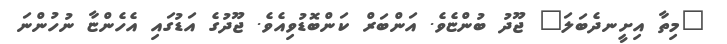
"މިތާ އިށީނދެބަލަ" ޖޫދު ބުންޏެވެ. އަންބަރް ކަންބޮޑުވިއެވެ. ޖޫދުގެ އަޑުގައި އެހެންޏާ ނުހުންނަ